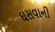
ઘસવાની